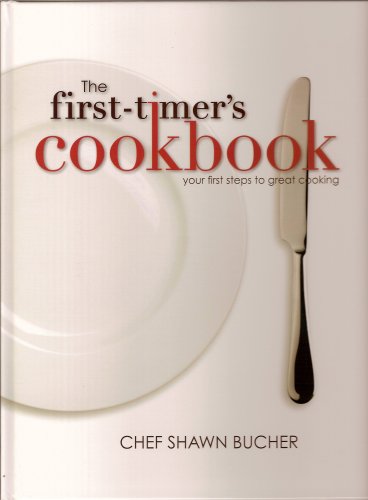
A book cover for The First-Timer's Cookbook; Chef Shawn Bucher; Cookbooks, Food & Wine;